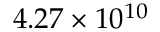
4 . 2 7 \times 1 0 ^ { 1 0 }